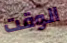
الوقت